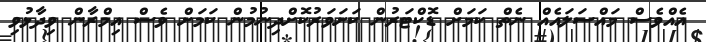
އެއްވެސް މައްސަލައެއް ނެތް ކަމަށް ޑޮކްޓަރުން ކަށަވަރުކޮށްދިނުމުން ކަމަށް ވެސް އިމްރާން ވިދާޅުވި